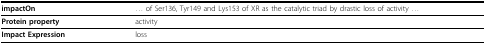
| impactOn | ... of Ser136, Tyr149 and Lys153 of XR as the catalytic triad by drastic loss of activity ... |
 | --- | --- |
 | Protein property | activity |
 | Impact Expression | loss |